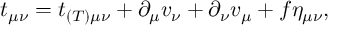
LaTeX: t _ { \mu \nu } = t _ { ( T ) \mu \nu } + \partial _ { \mu } v _ { \nu } + \partial _ { \nu } v _ { \mu } + f \eta _ { \mu \nu } ,